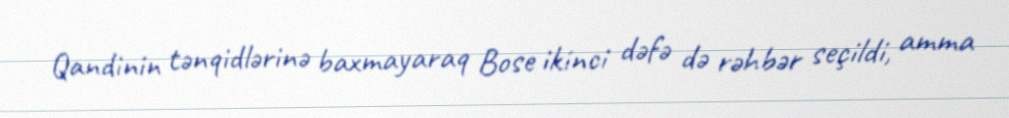
Qandinin tənqidlərinə baxmayaraq Bose ikinci dəfə də rəhbər seçildi, amma